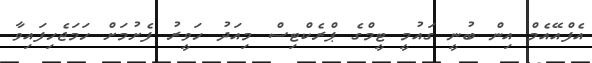
އެފްއޭއެމް އިން ބުނީ ގައުމީ ޓީމްގެ ޕްރެކްޓިސް މިއަދު ހަވީރު ފެށުމަށް ހަމަޖެހިފައިވާ